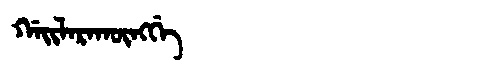
Manchu: ᡤᠠᡳᠯᠠᡵᠠᡴᡡᠩᡤᡝ
Romanization: GAILARAKŪNGGE